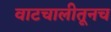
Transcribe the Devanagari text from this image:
वाटचालीतूनच